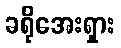
ခရိုအေးရှား